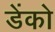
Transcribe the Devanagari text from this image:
डेंको